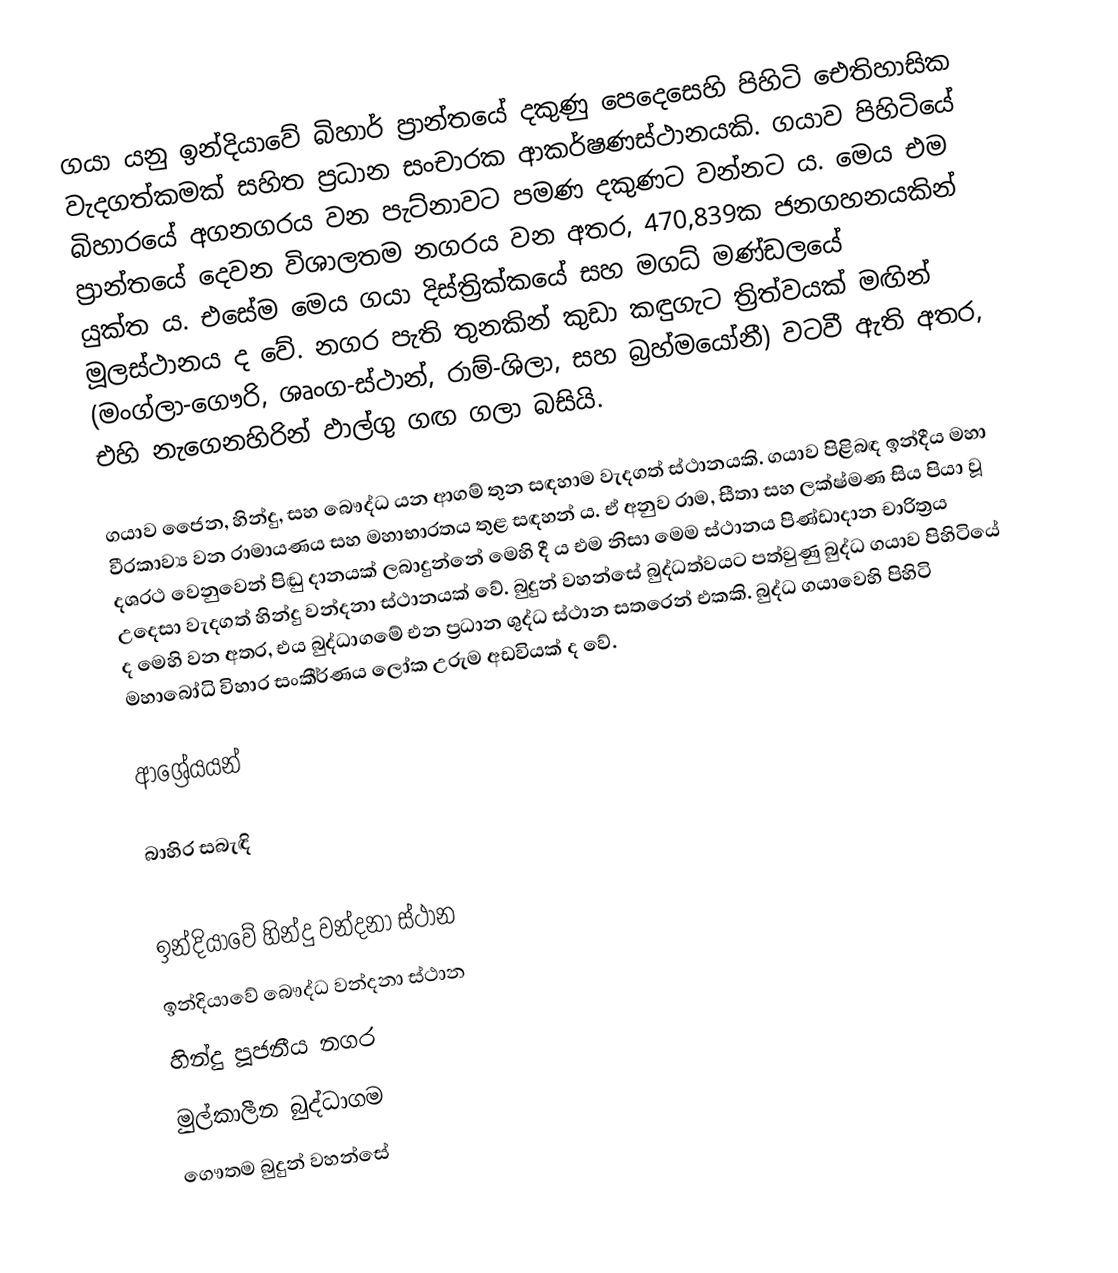
ගයා යනු ඉන්දියාවේ බිහාර් ප්‍රාන්තයේ දකුණු පෙදෙසෙහි පිහිටි ඓතිහාසික වැදගත්කමක් සහිත ප්‍රධාන සංචාරක ආකර්ෂණස්ථානයකි. ගයාව පිහිටියේ බිහාරයේ අගනගරය වන පැට්නාවට  පමණ දකුණට වන්නට ය. මෙය එම ප්‍රාන්තයේ දෙවන විශාලතම නගරය වන අතර, 470,839ක ජනගහනයකින් යුක්ත ය. එසේම මෙය ගයා දිස්ත්‍රික්කයේ සහ මගධ් මණ්ඩලයේ මූලස්ථානය ද වේ. නගර පැති තුනකින් කුඩා කඳුගැට ත්‍රිත්වයක් මඟින් (මංග්ලා-ගෞරි, ශෘංග-ස්ථාන්, රාම්-ශිලා, සහ බ්‍රහ්මයෝනී) වටවී ඇති අතර, එහි නැගෙනහිරින් ඵාල්ගු ගඟ ගලා බසියි.

ගයාව ජෛන, හින්දු, සහ බෞද්ධ යන ආගම් තුන සඳහාම වැදගත් ස්ථානයකි. ගයාව පිළිබඳ ඉන්දීය මහා වීරකාව්‍ය වන රාමායණය සහ මහාභාරතය තුළ සඳහන් ය. ඒ අනුව රාම, සීතා සහ ලක්ෂ්මණ සිය පියා වූ දශරථ වෙනුවෙන් පිඬු දානයක් ලබාදුන්නේ මෙහි දී ය එම නිසා මෙම ස්ථානය පිණ්ඩාදාන චාරිත්‍රය උදෙසා වැදගත් හින්දු වන්දනා ස්ථානයක් වේ. බුදුන් වහන්සේ බුද්ධත්වයට පත්වුණු බුද්ධ ගයාව පිහිටියේ ද මෙහි වන අතර, එය බුද්ධාගමේ එන ප්‍රධාන ශුද්ධ ස්ථාන සතරෙන් එකකි. බුද්ධ ගයාවෙහි පිහිටි මහාබෝධි විහාර සංකීර්ණය ලෝක උරුම අඩවියක් ද වේ.

ආශ්‍රේයයන්

බාහිර සබැඳි

ඉන්දියාවේ හින්දු වන්දනා ස්ථාන
ඉන්දියාවේ බෞද්ධ වන්දනා ස්ථාන
හින්දු පූජනීය නගර
මුල්කාලීන බුද්ධාගම
ගෞතම බුදුන් වහන්සේ